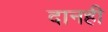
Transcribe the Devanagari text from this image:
दानही